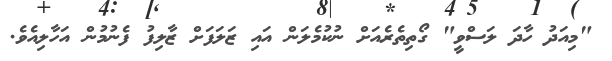
"މިއަދު ހާދަ ލަސްވީ" ގޯތިތެރެއަށް ނުކުމެލަން އައި ޒަލަފަށް ޒާލިފު ފެނުމުން އަހާލިއެވެ.